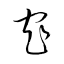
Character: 窄